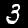
Digit: 3